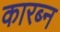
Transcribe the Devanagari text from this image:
कारब्न